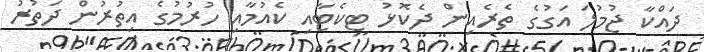
ދައްކާ ޖުމުލަ އަގުގެ ތެރެއިން ދެކޮޅު ޓިކެޓާއި ކެއުމާއި ހުރުމުގެ އިތުރުން ދަތުރު